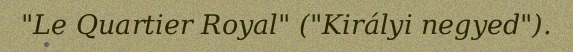
"Le Quartier Royal" ("Királyi negyed").